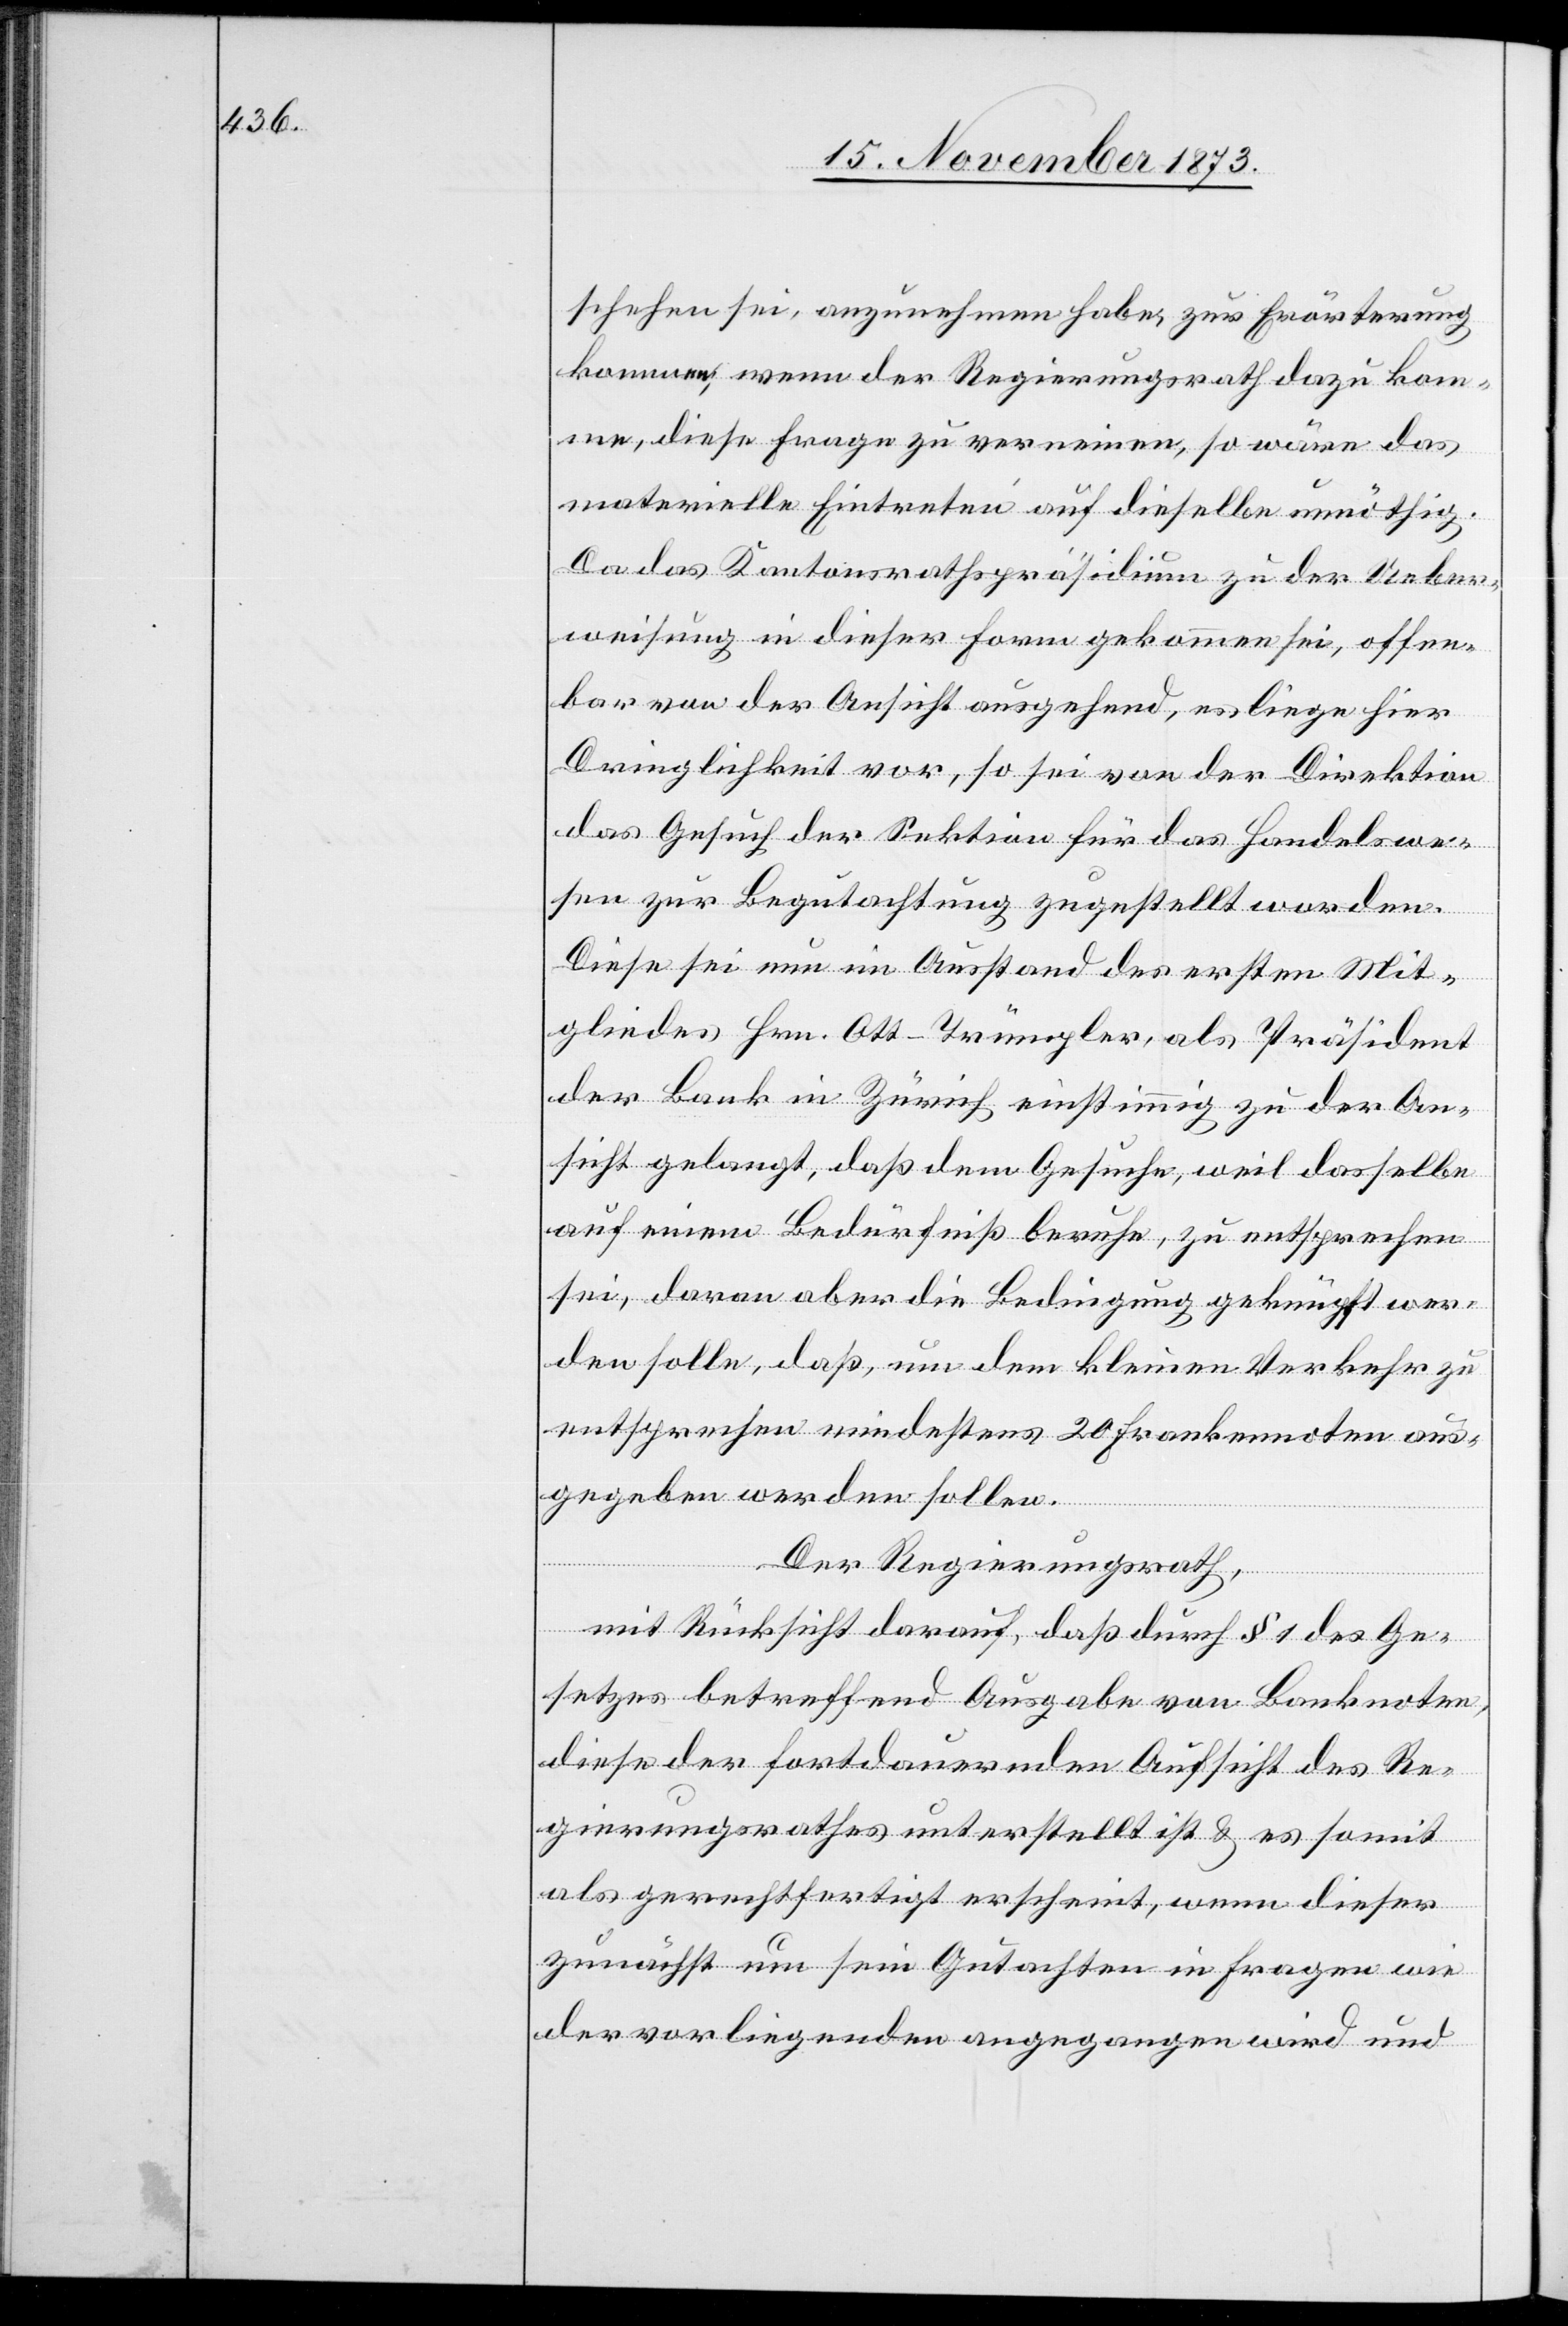
schehen sei, anzunehmen habe, zur Erörterung
kommen; wenn der Regierungsrath dazu kom¬
me, diese Frage zu verneinen, so wäre das
materielle Eintreten auf dieselbe unnöthig.
Da das Kantonsrathspräsidium zu der Ueber¬
weisung in dieser Form gekommen sei, offen¬
bar von der Aussicht ausgehend, es liege hier
Dringlichkeit vor, so sei von der Direktion
das Gesuch der Sektion für das Handelswe¬
sen zur Begutachtung zugestellt worden.
Diese sei nun im Ausstand des ersten Mit¬
gliedes Hrn. Ott-Trümpler, als Präsident
der Bank in Zürich einstimmig zu der An¬
sicht gelangt, daß dem Gesuche, weil dasselbe
auf einem Bedürfniß beruhe, zu entsprechen
sei, daran aber die Bedingung geknüpft wer¬
den solle, daß, um dem kleinen Verkehr zu
entsprechen mindestens 20 Frankennoten aus¬
gegeben werden sollen.
Der Regierungsrath,
mit Rücksicht darauf, daß durch § 1 des Ge¬
setzes betreffend Ausgabe von Banknoten,
diese der fortdauernden Aufsicht des Re¬
gierungsrathes unterstellt ist & es somit
als gerechtfertigt erscheint, wenn dieser
zunächst um sein Gutachten in Fragen wie
der vorliegenden angegangen wird und